Indian journal of veterinary science and animal husbandry - Volumes 26-27, 1956-1957
Year: 1956
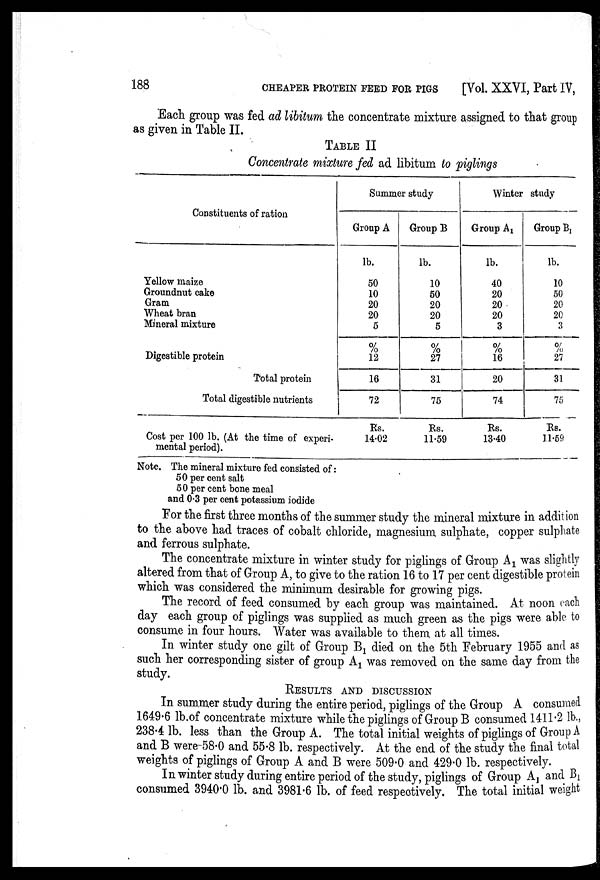
188 CHEAPER PROTEIN FEED FOR PIGS [Vol. XXVI, Part IV,
Each group was fed ad libitum the concentrate mixture assigned to that group
as given in Table II.
TABLE II
Concentrate mixture fed ad libitum to piglings
Constituents of ration
Yellow maize
Groundnut cake
Gram
Wheat bran
Mineral mixture
Digestible protein
Total protein
Total digestible nutrients
Summer study
Group A
lb.
50
10
20
20
5
%
12
16
72
Group B
lb.
10
50
20
20
5
%
27
31
75
Winter study
Group A 1
lb.
40
20
20
20
3
%
16
20
74
Group B 1
lb.
10
50
20
20
3
%
27
31
75
Cost per 100 lb. (At the time of experi-
mental period).
Rs.
14.02
Rs.
11.59
Rs.
13.40
Rs.
11.59
Note. The mineral mixture fed consisted of:
50 per cent salt
50 per cent bone meal
and 0.3 per cent potassium iodide
For the first three months of the summer study the mineral mixture in addition
to the above had traces of cobalt chloride, magnesium sulphate, copper sulphate
and ferrous sulphate.
The concentrate mixture in winter study for piglings of Group A 1 was slightly
altered from that of Group A, to give to the ration 16 to 17 per cent digestible protein
which was considered the minimum desirable for growing pigs.
The record of feed consumed by each group was maintained. At noon each
day each group of piglings was supplied as much green as the pigs were able to
consume in four hours. Water was available to them at all times.
In winter study one gilt of Group B 1 died on the 5th February 1955 and as
such her corresponding sister of group A 1 was removed on the same day from the
study.
RESULTS AND DISCUSSION
In summer study during the entire period, piglings of the Group A consumed
1649.6 lb.of concentrate mixture while the piglings of Group B consumed 1411.2 lb.,
238.4 lb. less than the Group A. The total initial weights of piglings of Group A
and B were 58.0 and 55.8 lb. respectively. At the end of the study the final total
weights of piglings of Group A and B were 509.0 and 429.0 lb. respectively.
In winter study during entire period of the study, piglings of Group A 1 and B 1
consumed 3940.0 lb. and 3981.6 lb. of feed respectively. The total initial weight